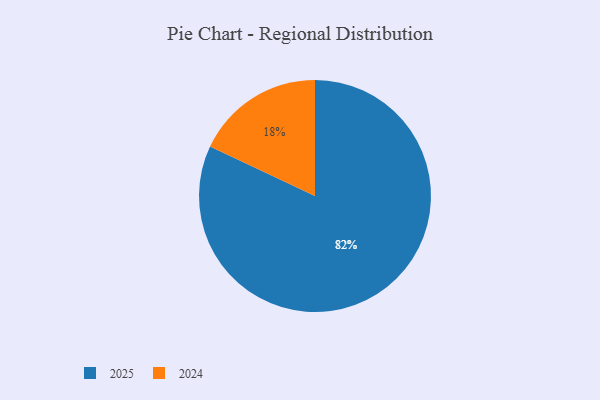
{"axis": {"x": "Category", "y": "Percentage"}, "legend": ["2024", "2025"], "data": [{"x": "2024", "y": 18, "type": "2024"}, {"x": "2025", "y": 82, "type": "2025"}]}